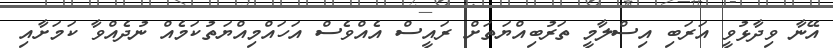
އޭނާ ވިދާޅުވީ އަރަބި އިސްލާމީ ތަރުބިއްޔަތަށް ރައީސް އެއްވެސް އަހައްމިއްޔަތުކަމެއް ނުދެއްވާ ކަމަށާއި